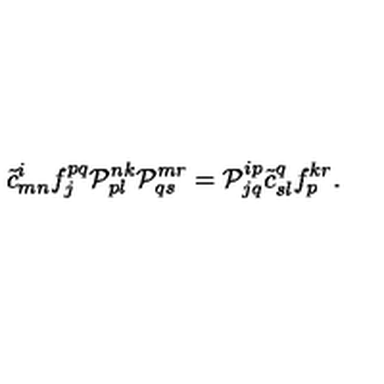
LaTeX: \tilde { c } { } _ { m n } ^ { i } f _ { j } ^ { p q } { \cal P } _ { p l } ^ { n k } { \cal P } _ { q s } ^ { m r } = { \cal P } _ { j q } ^ { i p } \tilde { c } { } _ { s l } ^ { q } f _ { p } ^ { k r } .